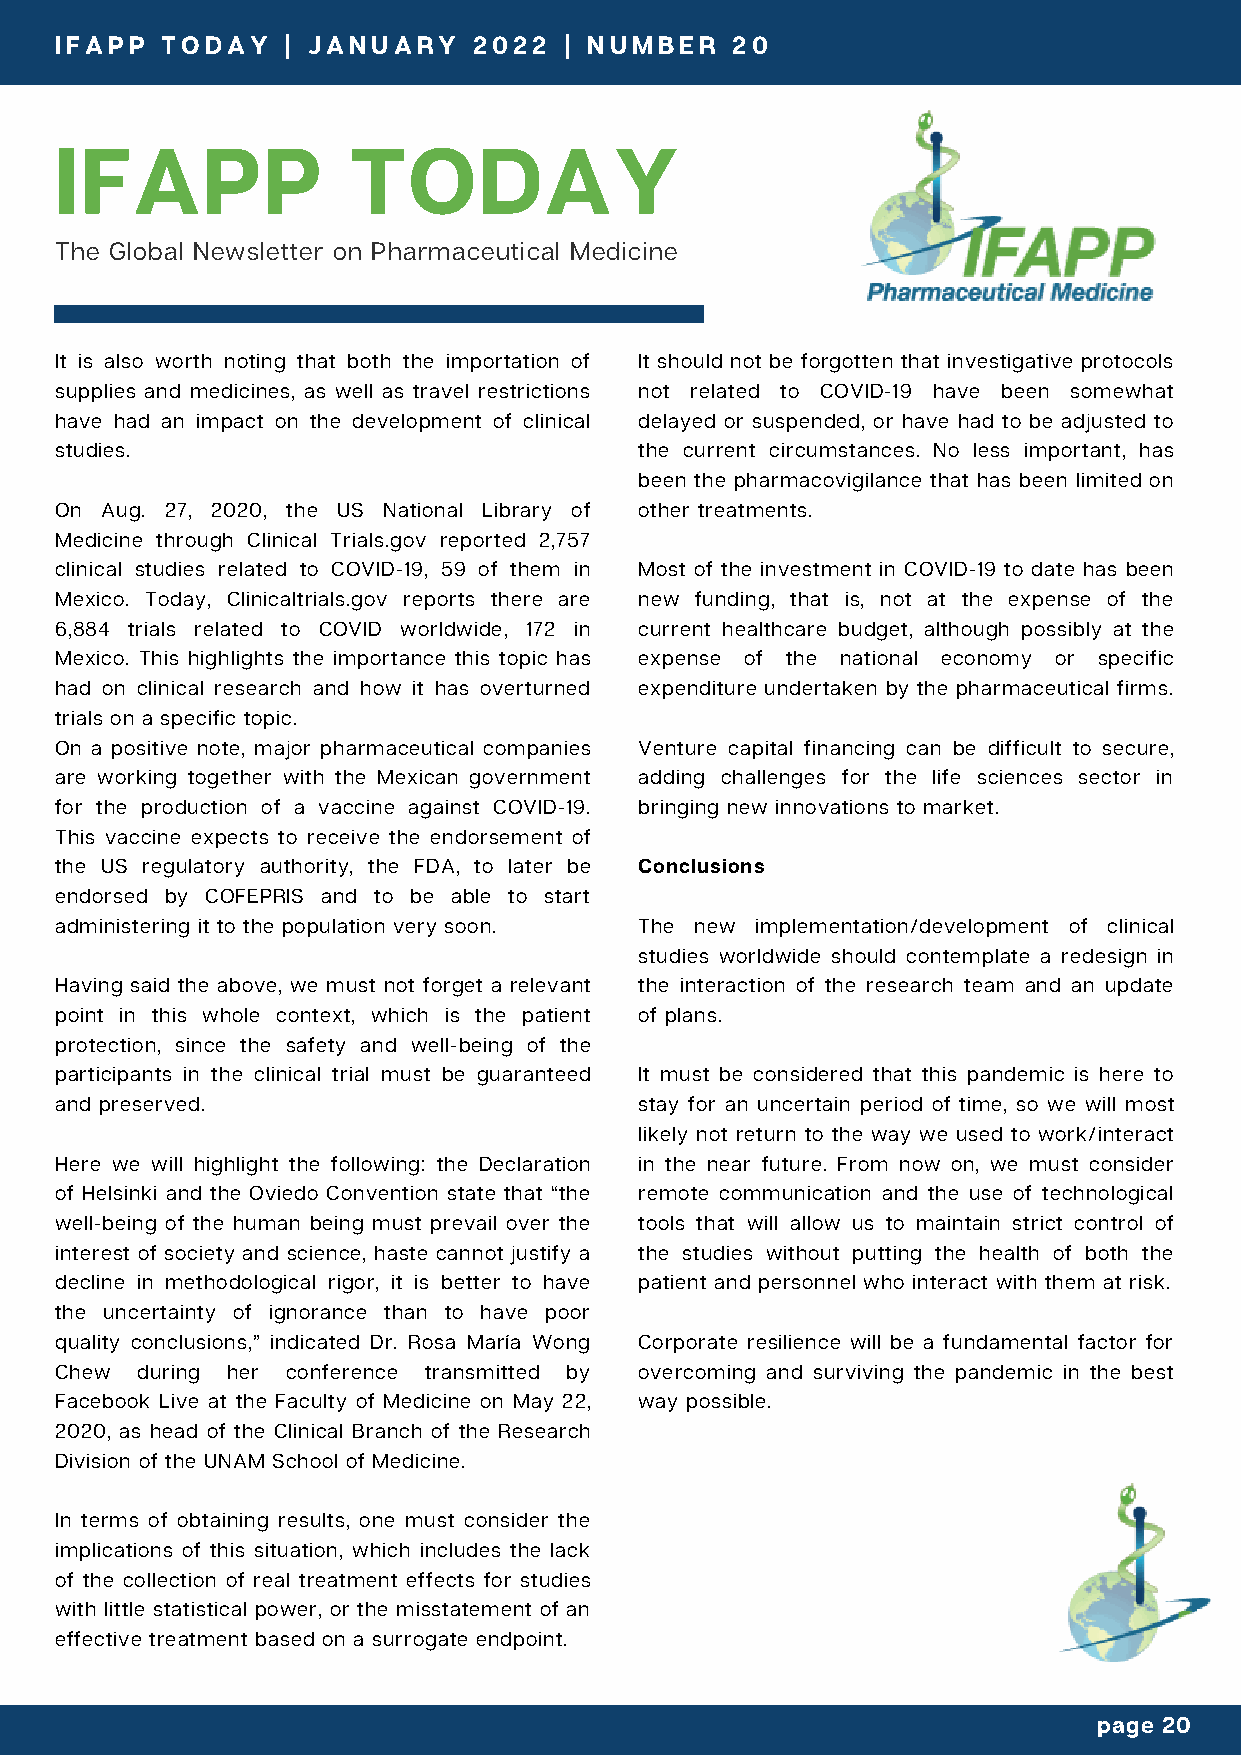
IFAPP  TODAY   | JANUARY   2022  | NUMBER   20
 IFAPP  TODAY    | JANUARY   2021 | 2 | NUMBER   1
 IFAPP              TODAY
 The Global Newsletter on Pharmaceutical Medicine
 It is also worth noting that both the importation of It should not be forgotten that investigative protocols
 supplies and medicines, as well as travel restrictions not related to COVID-19 have been somewhat
 have had an impact on the development of clinical delayed or suspended, or have had to be adjusted to
 studies.                              the current circumstances. No less important, has
 been the pharmacovigilance that has been limited on
 On Aug. 27, 2020, the US National Library of other treatments.
 Medicine through Clinical Trials.gov reported 2,757
 clinical studies related to COVID-19, 59 of them in Most of the investment in COVID-19 to date has been
 Mexico. Today, Clinicaltrials.gov reports there are new funding, that is, not at the expense of the
 6,884 trials related to COVID worldwide, 172 in current healthcare budget, although possibly at the
 Mexico. This highlights the importance this topic has expense of the national economy or specific
 had on clinical research and how it has overturned expenditure undertaken by the pharmaceutical firms.
 trials on a specific topic.
 On a positive note, major pharmaceutical companies Venture capital financing can be difficult to secure,
 are working together with the Mexican government adding challenges for the life sciences sector in
 for the production of a vaccine against COVID-19. bringing new innovations to market.
 This vaccine expects to receive the endorsement of
 the US regulatory authority, the FDA, to later be Conclusions
 endorsed by COFEPRIS and to be able to start
 administering it to the population very soon. The new implementation/development of clinical
 studies worldwide should contemplate a redesign in
 Having said the above, we must not forget a relevant the interaction of the research team and an update
 point in this whole context, which is the patient of plans.
 protection, since the safety and well-being of the
 participants in the clinical trial must be guaranteed It must be considered that this pandemic is here to
 and preserved.                        stay for an uncertain period of time, so we will most
 likely not return to the way we used to work/interact
 Here we will highlight the following: the Declaration in the near future. From now on, we must consider
 of Helsinki and the Oviedo Convention state that “the remote communication and the use of technological
 well-being of the human being must prevail over the tools that will allow us to maintain strict control of
 interest of society and science, haste cannot justify a the studies without putting the health of both the
 decline in methodological rigor, it is better to have patient and personnel who interact with them at risk.
 the uncertainty of ignorance than to have poor
 quality conclusions,” indicated Dr. Rosa María Wong Corporate resilience will be a fundamental factor for
 Chew during her conference transmitted by overcoming and surviving the pandemic in the best
 Facebook Live at the Faculty of Medicine on May 22, way possible.
 2020, as head of the Clinical Branch of the Research
 Division of the UNAM School of Medicine.
 In terms of obtaining results, one must consider the
 implications of this situation, which includes the lack
 of the collection of real treatment effects for studies
 with little statistical power, or the misstatement of an
 effective treatment based on a surrogate endpoint.
 page 20